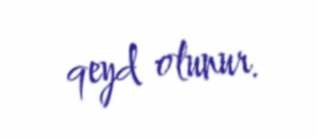
qeyd olunur.